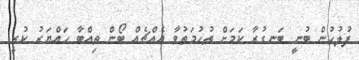
ފުލުހުން ބުނީ ބަނގުރާ ކަމަށް ތުހުމަތުވާ އެއްޗެއް ބޯން ތިއްބާ ހައްޔަރު ކުރީ